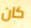
كان